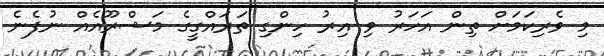
މި ވެރިކަމަށް ތިން އަހަރު ވި އިރު ހިންގި ތަރައްގީގެ މަޝްރޫއެއް ނުފެނެ